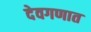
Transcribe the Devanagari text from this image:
देवगणात